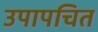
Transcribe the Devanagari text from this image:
उपापचित